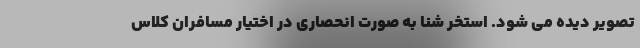
تصویر دیده می شود. استخر شنا به صورت انحصاری در اختیار مسافران کلاس